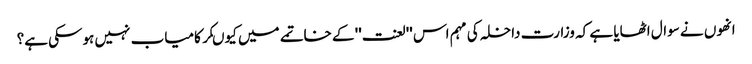
انھوں نے سوال اٹھایا ہے کہ وزارت داخلہ کی مہم اس ''لعنت'' کے خاتمے میں کیوںکر کامیاب نہیں ہوسکی ہے؟